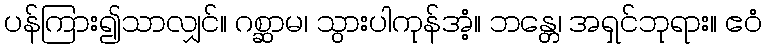
ပန်ကြား၍သာလျှင်။ ဂစ္ဆာမ၊ သွားပါကုန်အံ့။ ဘန္တေ၊ အရှင်ဘုရား။ ဧဝံ